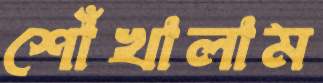
শোঁখালাম